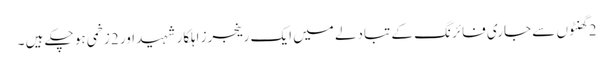
2 گھنٹوں سے جاری فائرنگ کے تبادلے میں ایک رینجرز اہلکار شہید اور 2زخمی ہو چکے ہیں ۔